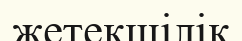
жетекшілік